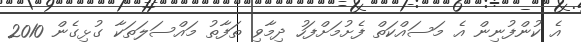
އެ ކުންފުނިން އެ މަސައްކަތް ފެށުމަށްފަހު ދިމާވި ތަފާތު މައްސަލަތަކާ ގުޅިގެން 2010